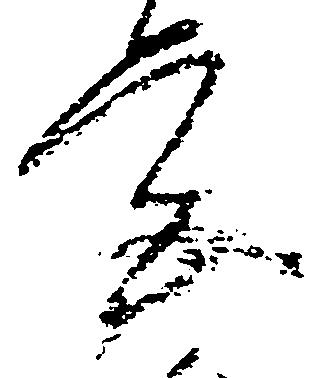
宮